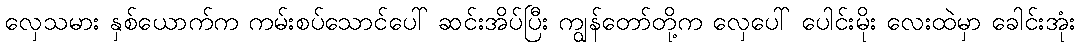
လှေသမား နှစ်ယောက်က ကမ်းစပ်သောင်ပေါ် ဆင်းအိပ်ပြီး ကျွန်တော်တို့က လှေပေါ် ပေါင်းမိုး လေးထဲမှာ ခေါင်းအုံး